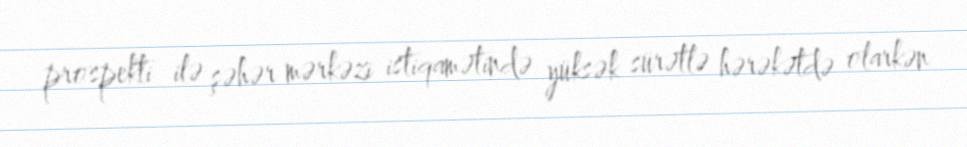
prospekti ilə şəhər mərkəzi istiqamətində yüksək sürətlə hərəkətdə olarkən